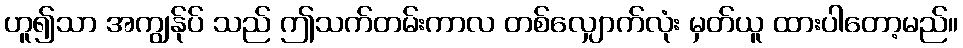
ဟူ၍သာ အကျွန်ုပ် သည် ဤသက်တမ်းကာလ တစ်လျှောက်လုံး မှတ်ယူ ထားပါတော့မည်။